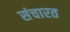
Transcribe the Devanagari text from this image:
संचारत